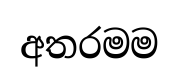
අතරමම